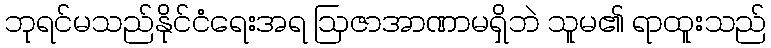
ဘုရင်မသည်နိုင်ငံရေးအရ ဩဇာအာဏာမရှိဘဲ သူမ၏ ရာထူးသည်